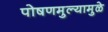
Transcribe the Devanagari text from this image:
पोषणमुल्यामुळे